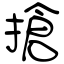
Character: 搶